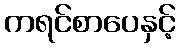
ကရင်စာပေနှင့်